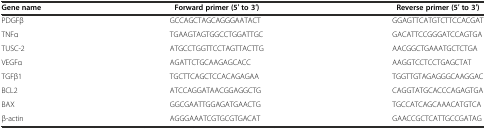
<table><thead><tr><td><b>Gene name</b></td><td><b>Forward primer (5′ to 3′)</b></td><td><b>Reverse primer (5′ to 3′)</b></td></tr></thead><tbody><tr><td>PDGFβ</td><td>GCCAGCTAGCAGGGAATACT</td><td>GGAGTTCATGTCTTCCACGAT</td></tr><tr><td>TNFα</td><td>TGAAGTAGTGGCCTGGATTGC</td><td>GACATTCCGGGATCCAGTGA</td></tr><tr><td>TUSC-2</td><td>ATGCCTGGTTCCTAGTTACTTG</td><td>AACGGCTGAAATGCTCTGA</td></tr><tr><td>VEGFα</td><td>AGATTCTGCAAGAGCACC</td><td>AAGGTCCTCCTGAGCTAT</td></tr><tr><td>TGFβ1</td><td>TGCTTCAGCTCCACAGAGAA</td><td>TGGTTGTAGAGGGCAAGGAC</td></tr><tr><td>BCL2</td><td>ATCCAGGATAACGGAGGCTG</td><td>CAGGTATGCACCCAGAGTGA</td></tr><tr><td>BAX</td><td>GGCGAATTGGAGATGAACTG</td><td>TGCCATCAGCAAACATGTCA</td></tr><tr><td>β-actin</td><td>AGGGAAATCGTGCGTGACAT</td><td>GAACCGCTCATTGCCGATAG</td></tr></tbody></table>